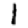
Digit: 1